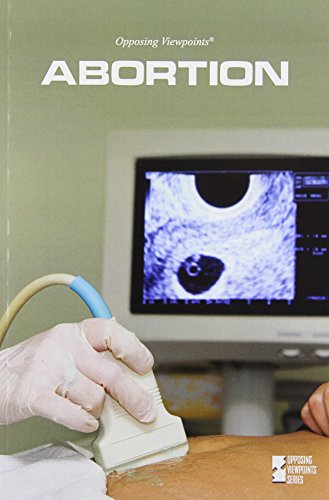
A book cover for Abortion (Opposing Viewpoints); Noel Merino; Teen & Young Adult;